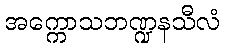
အက္ကောသဘဏ္ဍနသီလံ